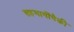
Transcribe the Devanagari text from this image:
सहभागींपैकी